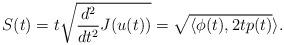
LaTeX: \begin{align*} S(t) = t \sqrt{ \frac{d^2}{dt^2}J(u(t)) } = \sqrt{\langle \phi(t), 2 t p(t)} \rangle.\end{align*}